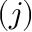
( j )